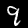
Digit: 9